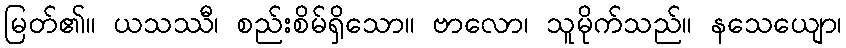
မြတ်၏။ ယသဿီ၊ စည်းစိမ်ရှိသော။ ဗာလော၊ သူမိုက်သည်။ နသေယျော၊